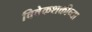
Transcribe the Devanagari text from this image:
विवेकशक्तीच्या